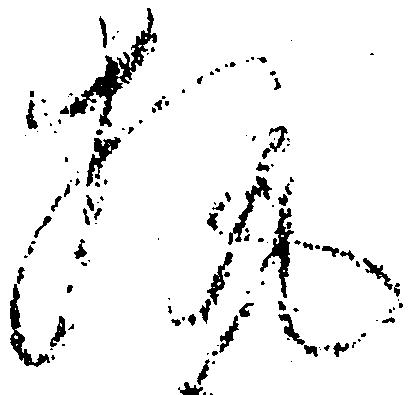
執